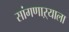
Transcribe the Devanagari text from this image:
सांगणाऱ्याला